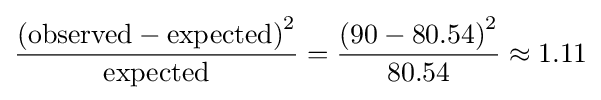
{\frac {\left({\text{observed}}-{\text{expected}}\right)^{2}}{\text{expected}}}={\frac {\left(90-80.54\right)^{2}}{80.54}}\approx 1.11